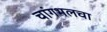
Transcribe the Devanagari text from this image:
चांगभलचा